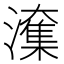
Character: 𭳑